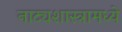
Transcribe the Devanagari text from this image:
नाट्यशास्त्रामध्ये